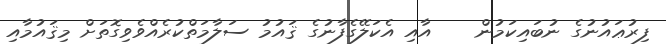
ފިރުޢައުނުގެ ނުބައިކަމުން    އާއި އެކަލޭގެފާނުގެ ޤައުމު ސަލާމަތްކުރެއްވެވިގޮތަށް މިޤައުމާއި